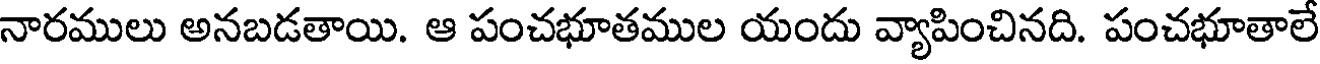
నారములు అనబడతాయి. ఆ పంచభూతముల యందు వ్యాపించినది. పంచభూతాలే